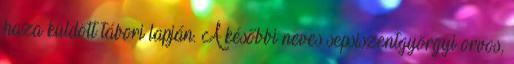
haza küldött tábori lapján. A későbbi neves sepsiszentgyörgyi orvos,